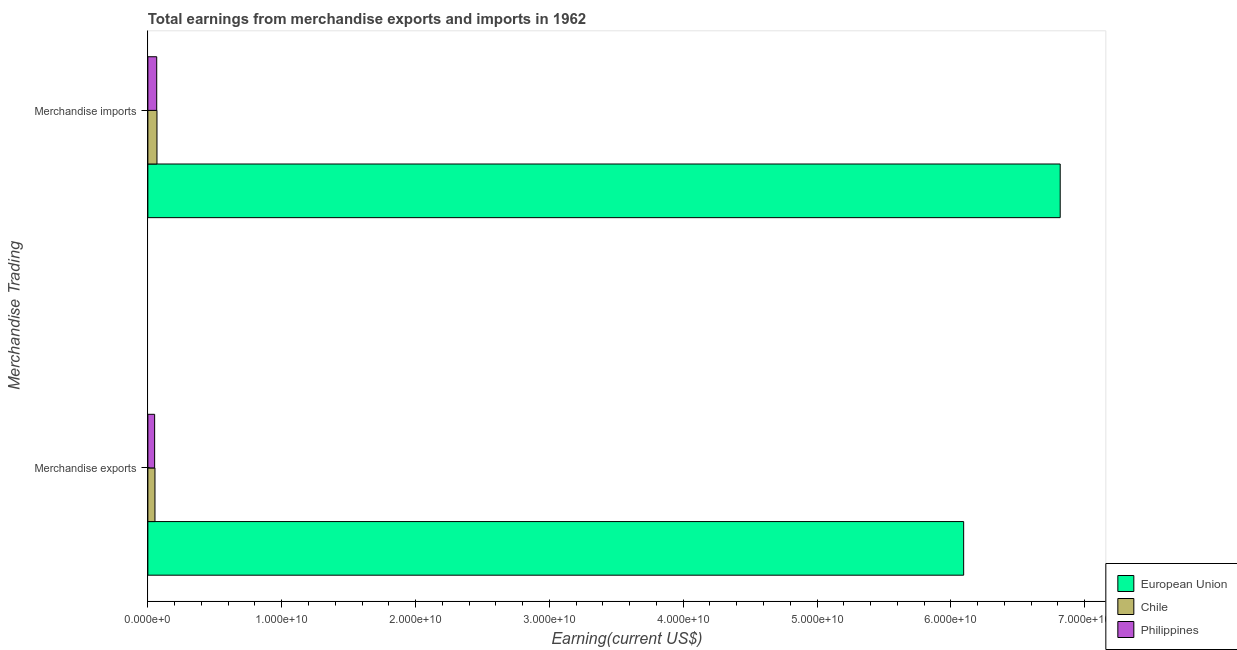
| Merchandise Trading | European Union | Chile | Philippines |
 | --- | --- | --- | --- |
 | Merchandise exports | 6.1e+10 | 5.3e+08 | 5.07e+08 |
 | Merchandise imports | 6.82e+10 | 6.8e+08 | 6.61e+08 |